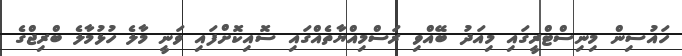
ހައުސިން މިނިސްޓްރީގައި މިއަދު ބޭއްވި ރަސްމިއްޔާތެއްގައި ސޮއިކޮށްފައި ވަނީ މާލެ ހުޅުމާލެ ބްރިޖްގެ